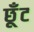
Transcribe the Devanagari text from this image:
छूँट